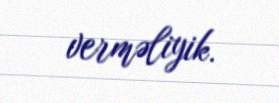
verməliyik.